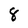
Character: 8